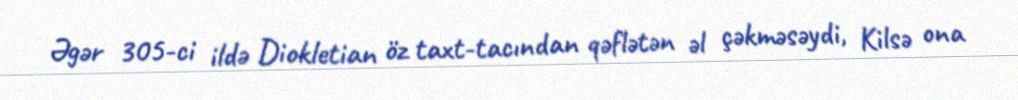
Əgər 305-ci ildə Diokletian öz taxt-tacından qəflətən əl çəkməsəydi, Kilsə ona